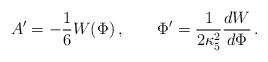
LaTeX: \begin{align*}A' = -{1\over6} W(\Phi) \,, \qquad\Phi' = {1\over 2\kappa_5^2} {dW\over d\Phi} \,.\end{align*}